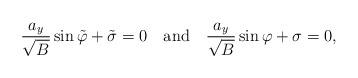
LaTeX: \begin{align*}\frac{a_y}{\sqrt B}\sin\tilde\varphi+\tilde\sigma=0 \mbox{\ \ \ and\ \ \ }\frac{a_y}{\sqrt B}\sin\varphi+\sigma=0,\end{align*}